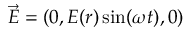
\vec { E } = ( 0 , E ( r ) \sin ( \omega t ) , 0 )